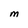
Character: M